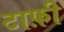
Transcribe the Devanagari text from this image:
टाफ़ी